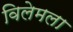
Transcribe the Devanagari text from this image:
विलेमला